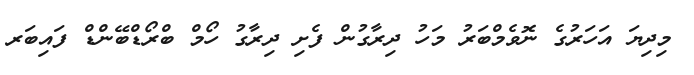
މިދިޔަ އަހަރުގެ ނޮވެމްބަރު މަހު ދިރާގުން ފެށި ދިރާގު ހޯމް ބްރޯޑްބޭންޑް ފައިބަރ